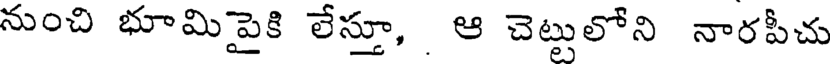
నుంచి భూమిపైకి లేస్తూ, ఆ చెట్టులోని నారపీచు